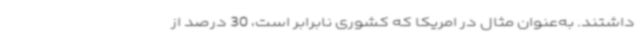
داشتند. به‌عنوان مثال در امریکا که کشوری نابرابر است، 30 درصد از